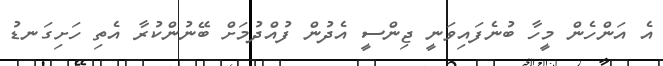
އެ އަންހެން މީހާ ބުނެފައިވަނީ ޖިންސީ އެދުން ފުއްދުމަށް ބޭނުންކުރާ އެތި ހަށިގަނޑު